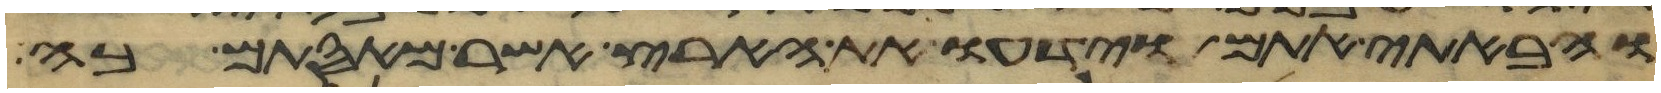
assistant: והבאתי אתם וידעו את הארץ אשר מאסתם בה